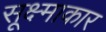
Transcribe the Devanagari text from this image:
सूक्ष्माकार